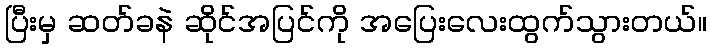
ပြီးမှ ဆတ်ခနဲ ဆိုင်အပြင်ကို အပြေးလေးထွက်သွားတယ်။